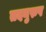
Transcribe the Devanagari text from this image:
तदनुरुप